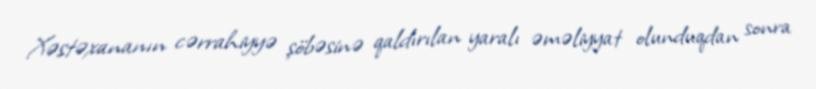
Xəstəxananın cərrahiyyə şöbəsinə qaldırılan yaralı əməliyyat olunduqdan sonra